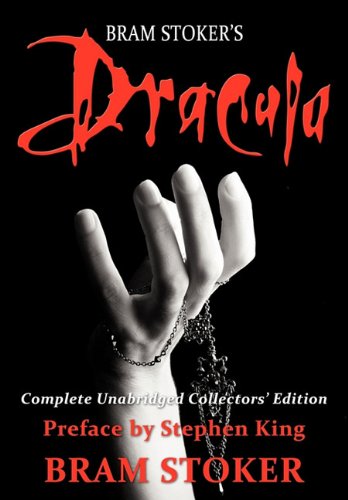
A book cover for Dracula; Bram Stoker; Literature & Fiction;